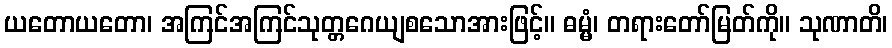
ယတောယတော၊ အကြင်အကြင်သုတ္တဂေယျစသောအားဖြင့်။ ဓမ္မံ၊ တရားတော်မြတ်ကို။ သုဏာတိ၊